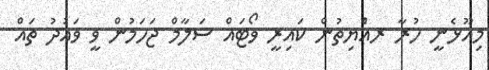
މިއޫޅެނީ ހުރާ ރއެްޔިތުން ކައިރީ ވޯޓައް ސަލާމް ޖަހަމުން ވީ ވައުދު ތައް